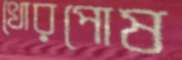
খোরপোষ